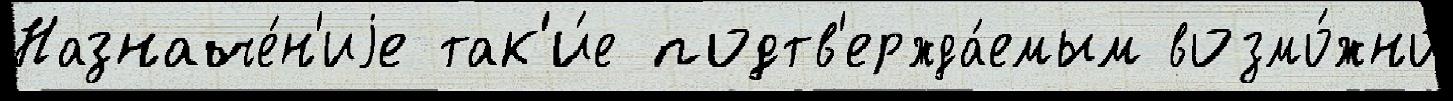
Назначе́н'иjе так'и́е подтв'ержда́емым возмо́жно